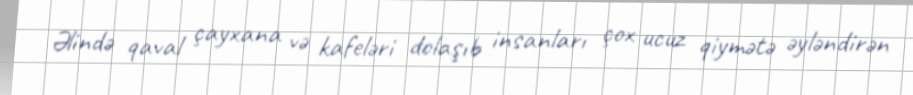
Əlində qaval çayxana və kafeləri dolaşıb insanları çox ucuz qiymətə əyləndirən